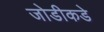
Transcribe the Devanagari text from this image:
जोडीकडे